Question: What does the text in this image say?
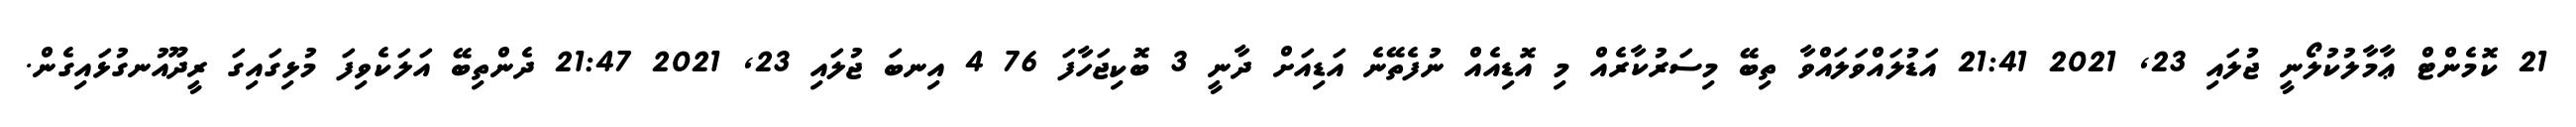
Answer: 21 ކޮމެންޓް ޢާމާލުކުލޯނީ ޖުލައި 23, 2021 21:41 އަޑުލައްވަލައްވާ ތިބޭ މިސަރުކާރެއް މި އޮޑިއެއް ނުފެތޭނެ އަޑިއަށް ދާނީ 3 ބޮކިޖަހާފަ 76 4 އިނބަ ޖުލައި 23, 2021 21:47 ދެންތިބޭ އަލަކެވިފަ މުޅިގައިގަ ރީދޫއުނގުޅައިގެން.